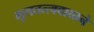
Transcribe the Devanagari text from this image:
मूलतत्त्ववाद्याने